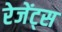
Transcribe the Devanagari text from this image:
रेजेंट्स